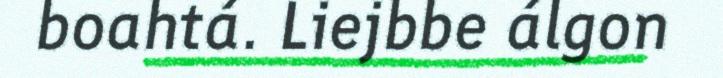
boahtá. Liejbbe álgon